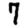
Digit: 7